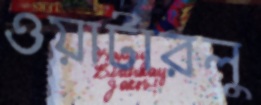
ওয়াটারলু